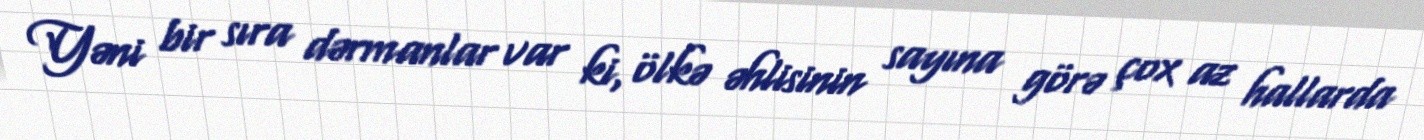
Yəni bir sıra dərmanlar var ki, ölkə əhlisinin sayına görə çox az hallarda